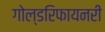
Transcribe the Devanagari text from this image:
गोल्डरिफायनरी